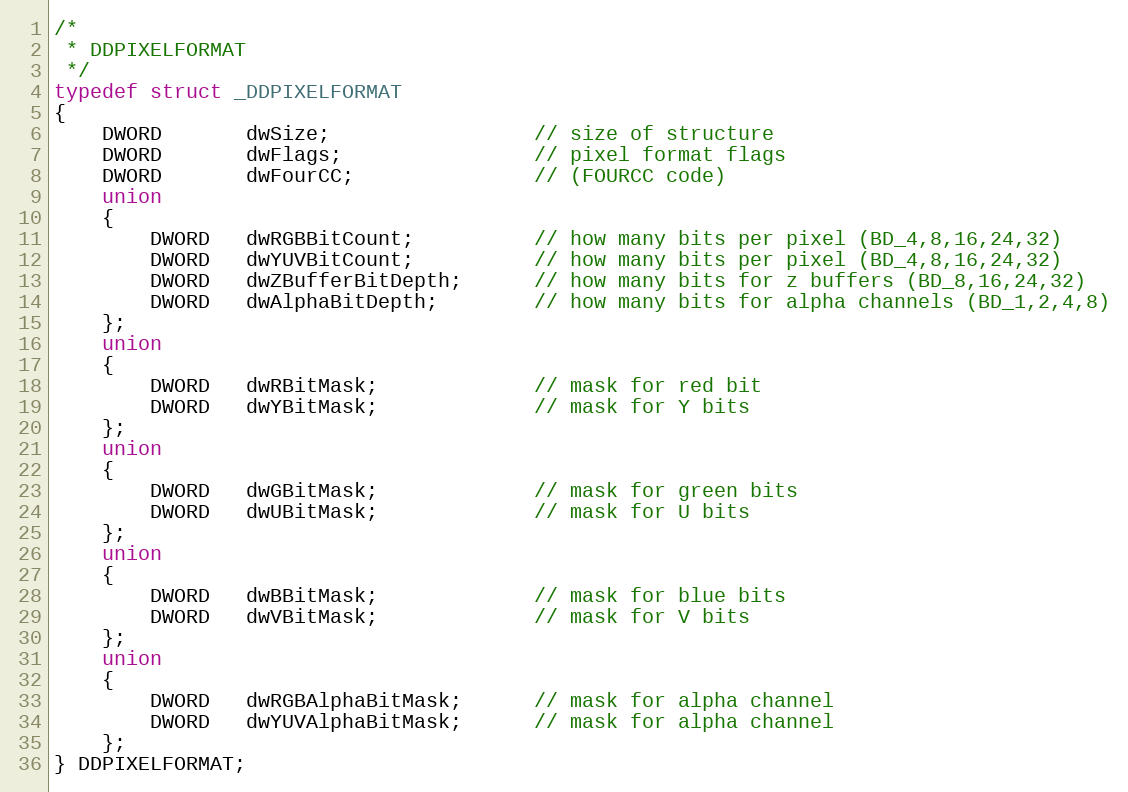
Language: C
/*
 * DDPIXELFORMAT
 */
typedef struct _DDPIXELFORMAT
{
    DWORD       dwSize;                 // size of structure
    DWORD       dwFlags;                // pixel format flags
    DWORD       dwFourCC;               // (FOURCC code)
    union
    {
        DWORD   dwRGBBitCount;          // how many bits per pixel (BD_4,8,16,24,32)
        DWORD   dwYUVBitCount;          // how many bits per pixel (BD_4,8,16,24,32)
        DWORD   dwZBufferBitDepth;      // how many bits for z buffers (BD_8,16,24,32)
        DWORD   dwAlphaBitDepth;        // how many bits for alpha channels (BD_1,2,4,8)
    };
    union
    {
        DWORD   dwRBitMask;             // mask for red bit
        DWORD   dwYBitMask;             // mask for Y bits
    };
    union
    {
        DWORD   dwGBitMask;             // mask for green bits
        DWORD   dwUBitMask;             // mask for U bits
    };
    union
    {
        DWORD   dwBBitMask;             // mask for blue bits
        DWORD   dwVBitMask;             // mask for V bits
    };
    union
    {
        DWORD   dwRGBAlphaBitMask;      // mask for alpha channel
        DWORD   dwYUVAlphaBitMask;      // mask for alpha channel
    };
} DDPIXELFORMAT;